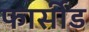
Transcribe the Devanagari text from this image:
फार्सीड